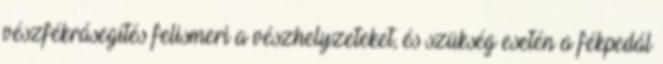
vészfékrásegítés felismeri a vészhelyzeteket, és szükség esetén a fékpedál